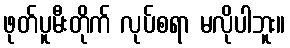
ဖုတ်ပူမီးတိုက် လုပ်စရာ မလိုပါဘူး။